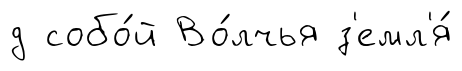
д собо́й Во́лчья з'емл'я́